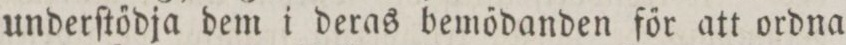
underſtődja dem i deras bemődanden főr att ordna